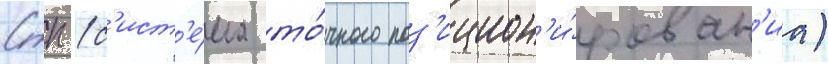
Стп (с'ист'е́ма то́чного поз'ицион'и́рован'иа)